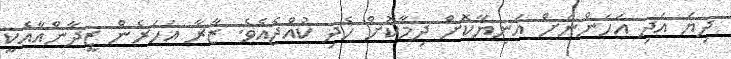
ދިޔަ އަދި އަހަންނަށް އަނިޔާކޮށް ދިމާކޮށް ހެދި ކުއްޖެއެވެ. ޒާރާ އަހަރެން ޒީދާންއާއެކީ